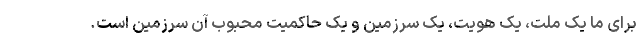
برای ما یک ملت، یک هویت، یک سرزمین و یک حاکمیت محبوب آن سرزمین است.